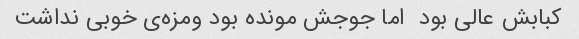
کبابش عالی بود  اما جوجش مونده بود ومزه‌ی خوبی نداشت